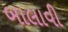
બાલાવી